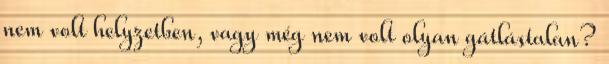
nem volt helyzetben, vagy még nem volt olyan gátlástalan?